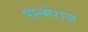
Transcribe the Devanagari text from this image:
पाल्मेराज़